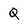
Character: Q